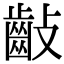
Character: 𪗡